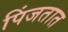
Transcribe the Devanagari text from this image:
पिंजतात